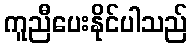
ကူညီပေးနိုင်ပါသည်